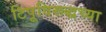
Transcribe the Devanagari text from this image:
टिपूविरूद्धच्या